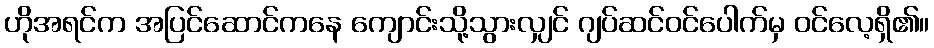
ဟိုအရင်က အပြင်ဆောင်ကနေ ကျောင်းသို့သွားလျှင် ဂျပ်ဆင်ဝင်ပေါက်မှ ဝင်လေ့ရှိ၏။